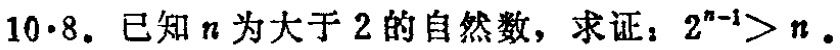
10·8. 已知\(n\)为大于\(2\)的自然数，求证：\(2^{n - 1}>n\)。